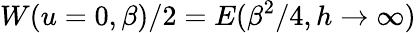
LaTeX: W(u=0,\beta)/2=E(\beta^{2}/4,h\rightarrow\infty)